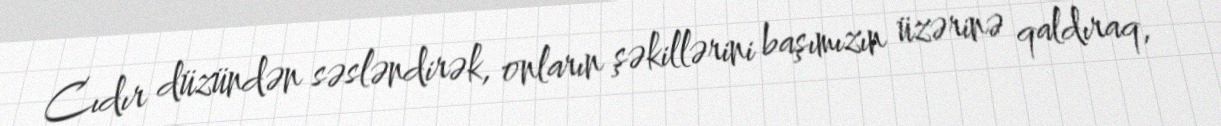
Cıdır düzündən səsləndirək, onların şəkillərini başımızın üzərinə qaldıraq,